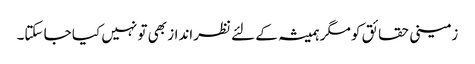
زمینی حقائق کو مگر ہمیشہ کے لئے نظرانداز بھی تو نہیں کیا جا سکتا۔